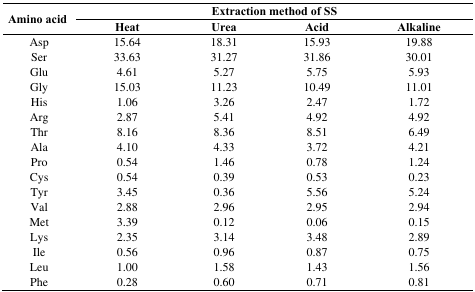
| <ROWSPAN=2> Amino acid | <COLSPAN=4> Extraction method of SS |
 | Heat | Urea | Acid | Alkaline |
 | --- | --- | --- | --- | --- |
 | Asp | 15.64 | 18.31 | 15.93 | 19.88 |
 | Ser | 33.63 | 31.27 | 31.86 | 30.01 |
 | Glu | 4.61 | 5.27 | 5.75 | 5.93 |
 | Gly | 15.03 | 11.23 | 10.49 | 11.01 |
 | His | 1.06 | 3.26 | 2.47 | 1.72 |
 | Arg | 2.87 | 5.41 | 4.92 | 4.92 |
 | Thr | 8.16 | 8.36 | 8.51 | 6.49 |
 | Ala | 4.10 | 4.33 | 3.72 | 4.21 |
 | Pro | 0.54 | 1.46 | 0.78 | 1.24 |
 | Cys | 0.54 | 0.39 | 0.53 | 0.23 |
 | Tyr | 3.45 | 0.36 | 5.56 | 5.24 |
 | Val | 2.88 | 2.96 | 2.95 | 2.94 |
 | Met | 3.39 | 0.12 | 0.06 | 0.15 |
 | Lys | 2.35 | 3.14 | 3.48 | 2.89 |
 | Ile | 0.56 | 0.96 | 0.87 | 0.75 |
 | Leu | 1.00 | 1.58 | 1.43 | 1.56 |
 | Phe | 0.28 | 0.60 | 0.71 | 0.81 |